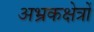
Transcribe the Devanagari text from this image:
अभ्रकक्षेत्रों